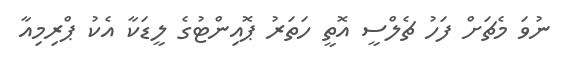
ނުވަ މެޗަށް ފަހު ޗެލްސީ އޮތީ ހަތަރު ޕޮއިންޓުގެ ލީޑަކާ އެކު ޕްރިމިއާ